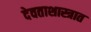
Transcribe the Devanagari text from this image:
देवताशास्त्रात